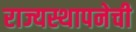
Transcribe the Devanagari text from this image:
राज्यस्थापनेची